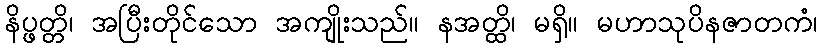
နိပ္ဖတ္တိ၊ အပြီးတိုင်သော အကျိုးသည်။ နအတ္ထိ၊ မရှိ။ မဟာသုပိနဇာတကံ၊